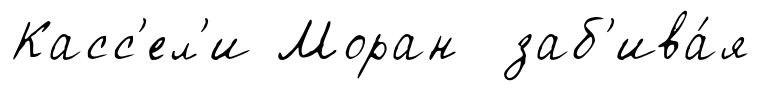
Касс'ел'и Моран заб'ива́я